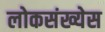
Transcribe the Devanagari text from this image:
लोकसंख्येस